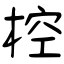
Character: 椌